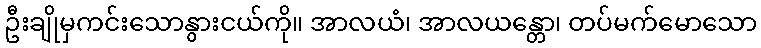
ဦးချိုမှကင်းသောနွားငယ်ကို။ အာလယံ၊ အာလယန္တော၊ တပ်မက်မောသော